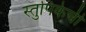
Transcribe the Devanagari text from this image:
स्तुपिकेची